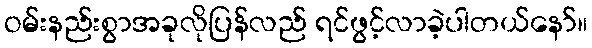
ဝမ်းနည်းစွာအခုလိုပြန်လည် ရင်ဖွင့်လာခဲ့ပါတယ်နော်။